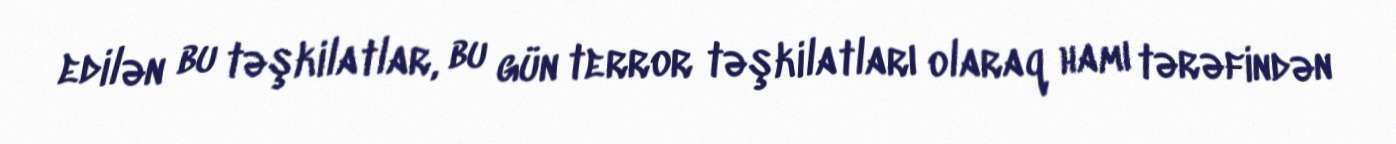
edilən bu təşkilatlar, bu gün terror təşkilatları olaraq hamı tərəfindən